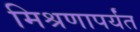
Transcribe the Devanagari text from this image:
मिश्रणापर्यंत